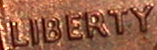
LIBERTY